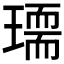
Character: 𰢏